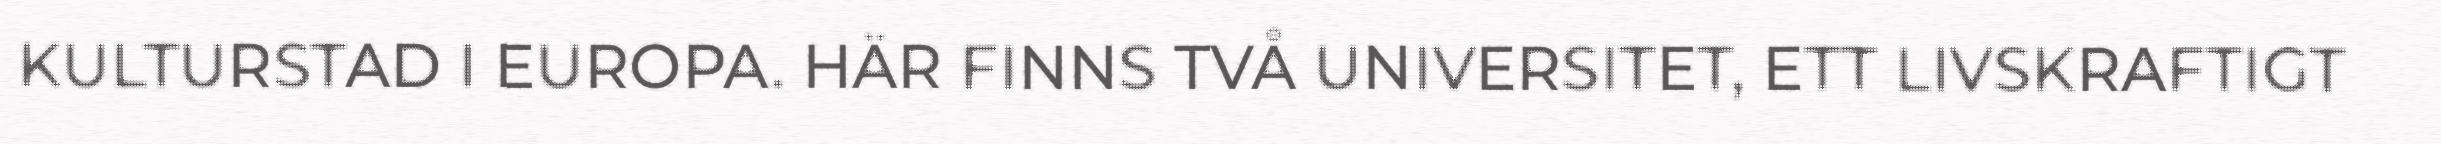
KULTURSTAD I EUROPA. HÄR FINNS TVÅ UNIVERSITET, ETT LIVSKRAFTIGT